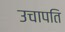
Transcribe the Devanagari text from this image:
उचापति